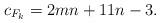
LaTeX: \begin{align*}c_{F_k} = 2mn+11n-3.\end{align*}